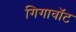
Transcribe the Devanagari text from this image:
गिगावॉट